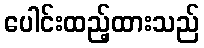
ပေါင်းထည့်ထားသည်